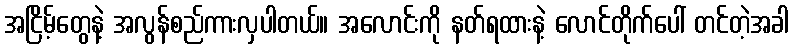
အငြိမ့်တွေနဲ့ အလွန်စည်ကားလှပါတယ်။ အလောင်းကို နတ်ရထားနဲ့ လောင်တိုက်ပေါ် တင်တဲ့အခါ